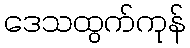
ဒေသထွက်ကုန်